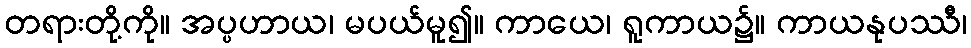
တရားတို့ကို။ အပ္ပဟာယ၊ မပယ်မူ၍။ ကာယေ၊ ရူကာယ၌။ ကာယနုပဿီ၊